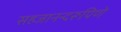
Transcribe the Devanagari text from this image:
सहजानन्दरूपिणे